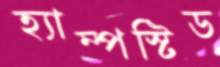
হ্যাম্পস্টিড